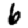
Digit: 6